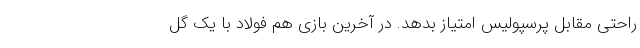
راحتی مقابل پرسپولیس امتیاز بدهد. در آخرین بازی هم فولاد با یک گل